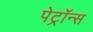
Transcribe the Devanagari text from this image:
पेट्रॉन्स